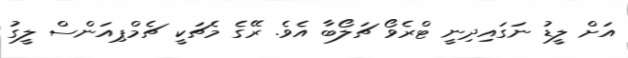
އަށް ލީޑު ނަގައިދިނީ ޓްރެވޯ ޗަލޯބާ އެވެ. ރޭގެ މެޗަކީ ޗެމްޕިއަންސް ލީގު